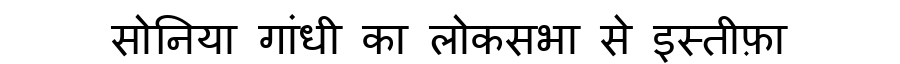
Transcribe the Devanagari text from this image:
सोनिया गांधी का लोकसभा से इस्तीफ़ा